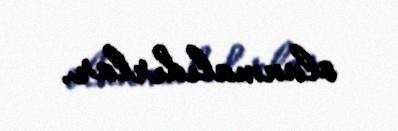
olunmalıdırlar.